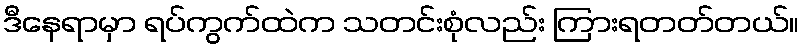
ဒီနေရာမှာ ရပ်ကွက်ထဲက သတင်းစုံလည်း ကြားရတတ်တယ်။